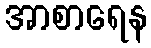
အာစာရေန